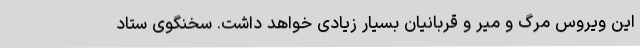
این ویروس مرگ و میر و قربانیان بسیار زیادی خواهد داشت. سخنگوی ستاد